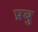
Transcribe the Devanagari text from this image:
प्रबु